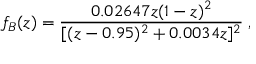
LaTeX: f _ { B } ( z ) = \frac { 0 . 0 2 6 4 7 z ( 1 - z ) ^ { 2 } } { [ ( z - 0 . 9 5 ) ^ { 2 } + 0 . 0 0 3 4 z ] ^ { 2 } } \; ,